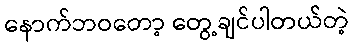
နောက်ဘဝတော့ တွေ့ချင်ပါတယ်တဲ့